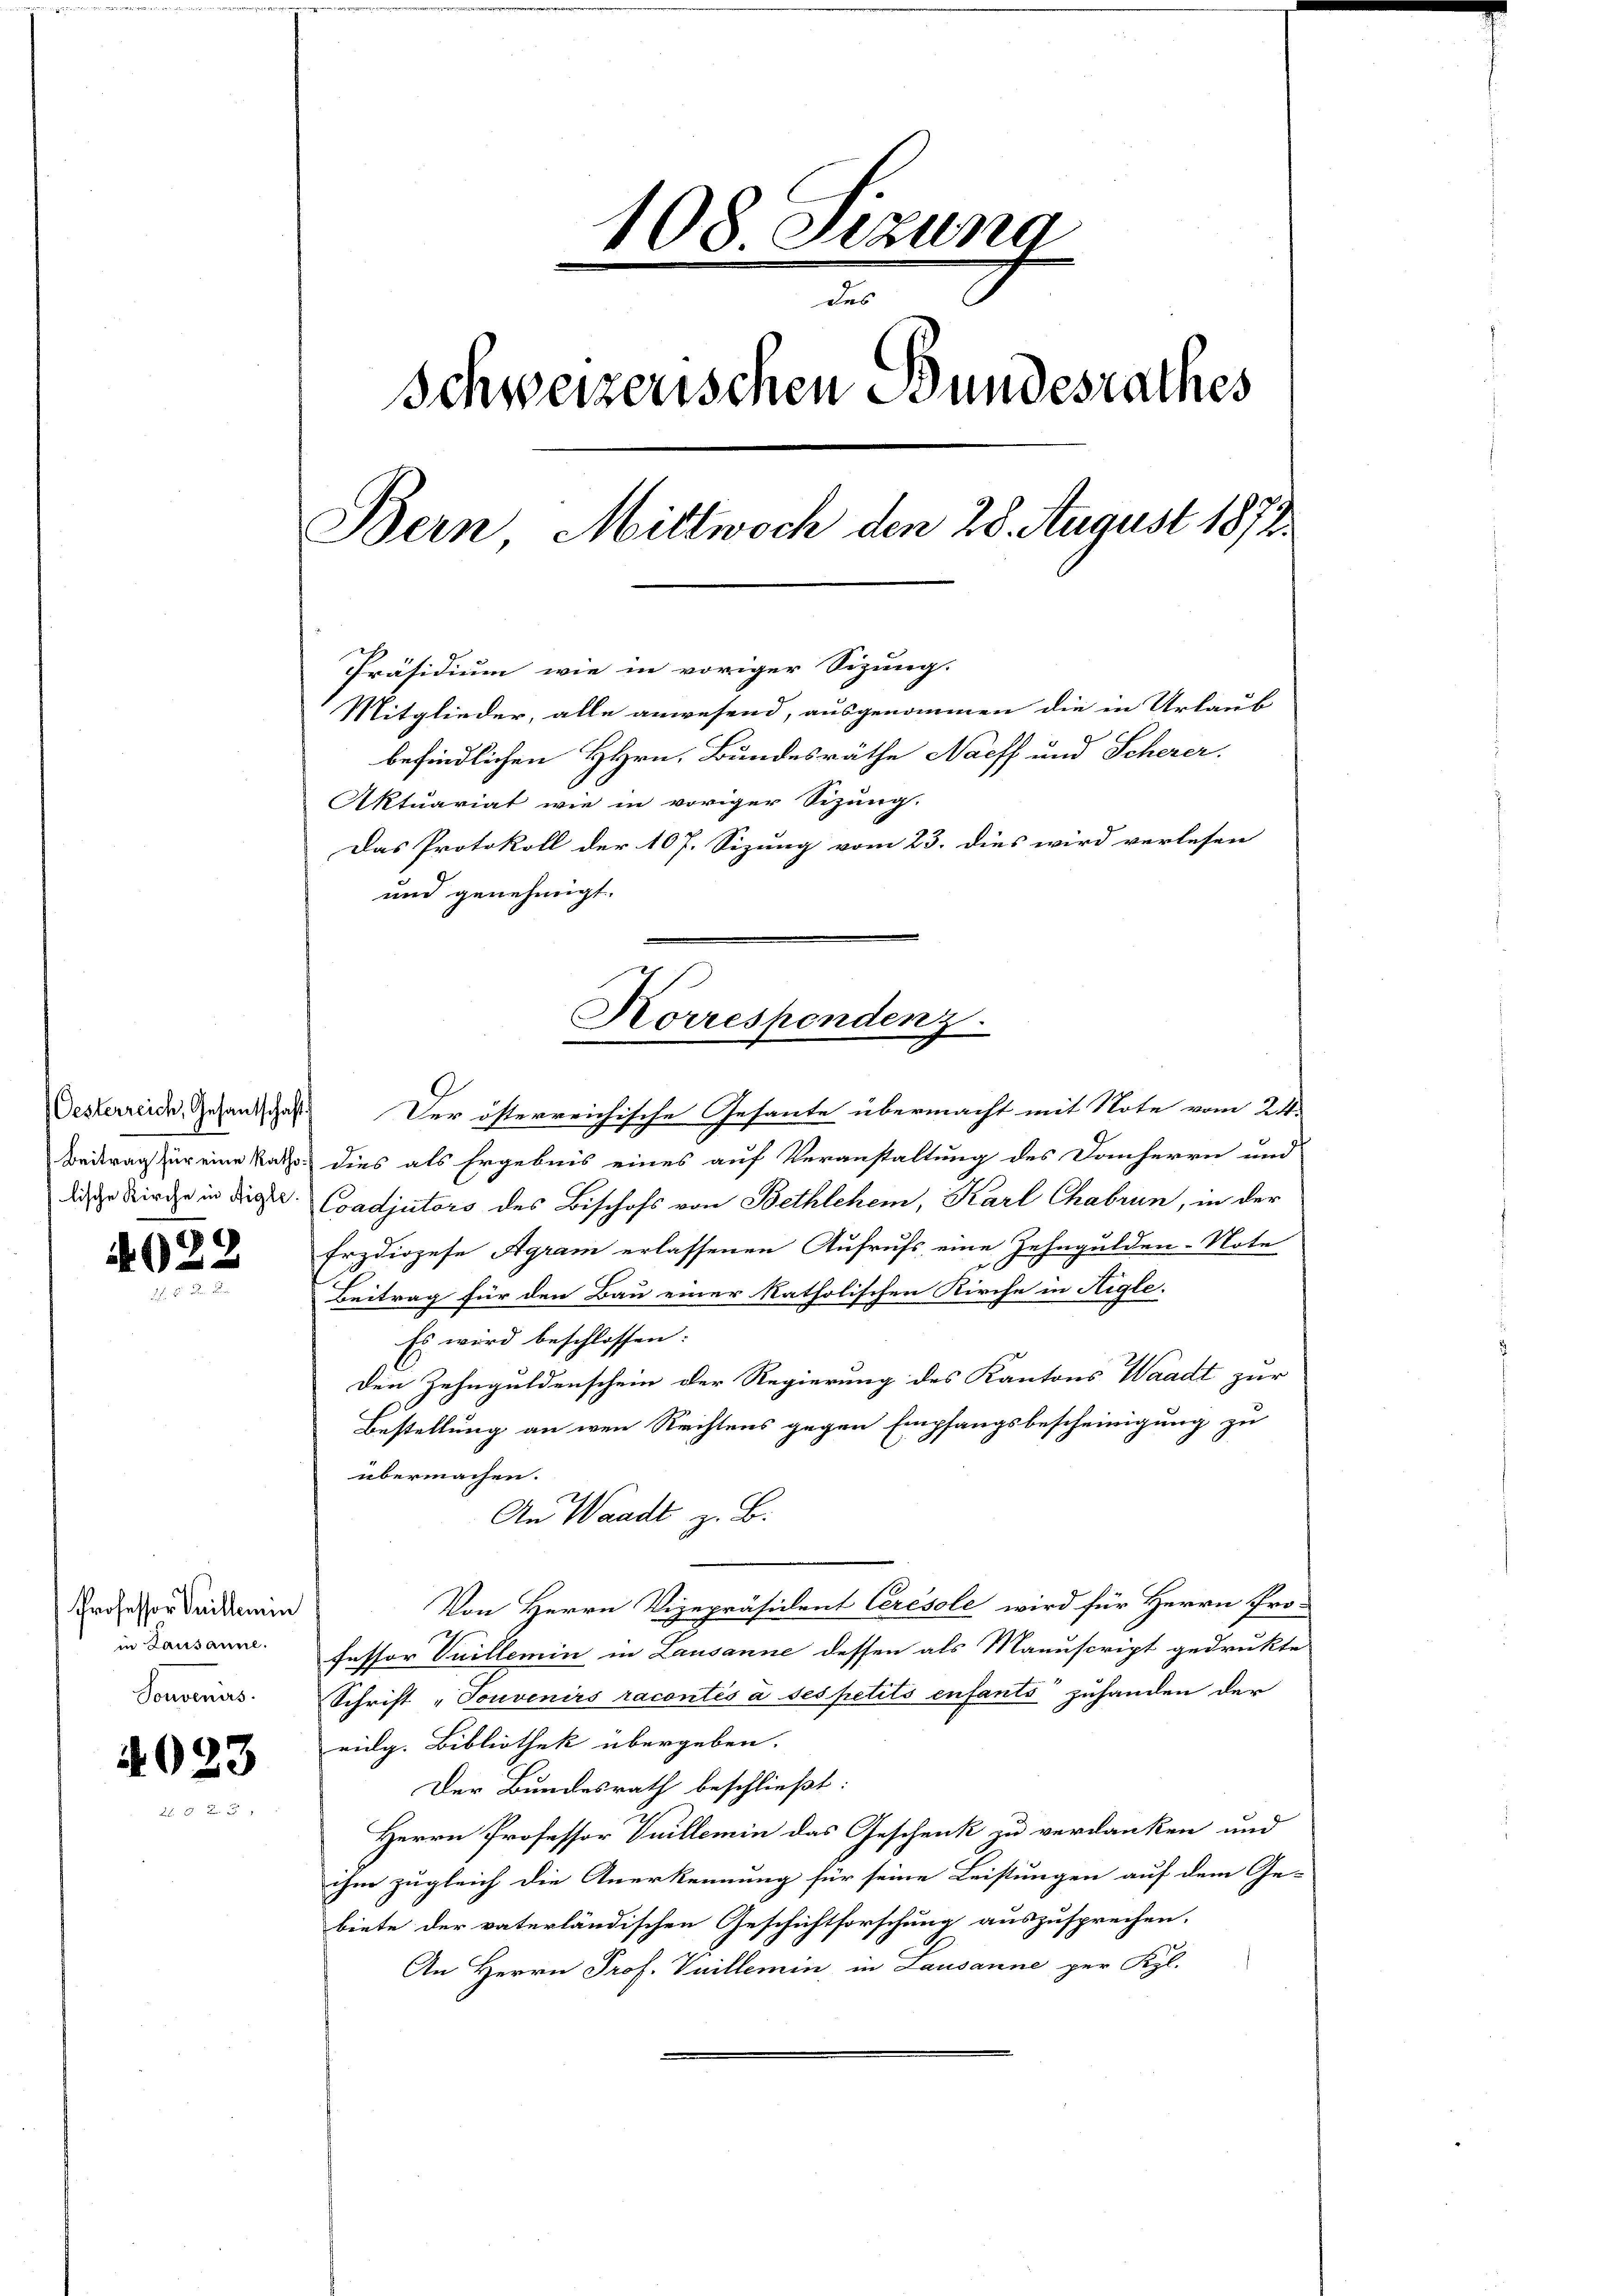
Oesterreich, Gesantschaft
Beitrag für eine Raths:
lische Kirche in Aigle

4022

Professor Seillemin
in Lausanne.
Sonvenir

4023

108 Sizung
e
des
Schweizerischen Stundesrathes
Bern Mittwoch den 28. August 1872.
Präsidium wie in voriger Sizung.
Mitglieder, alle anwesend, ausgenommen die in Urlaub
befindlichen HHrn. Bundesräthe Nacff und Scherer.
Aktuariat wie in voriger Sizung.
Das Protokoll der 107. Sizung vom 23. dies wird verlesen
und genehmigt.

Horrespenden z

Der österreichische Gesante übermacht mit Note vom 24.
dies als Ergebnis eines auf Veranstaltung des Danherrn und
Coadjutors des Bischofs von Bethlehen, Karl Chabrun, in der
Erzdiözese Agram erlassenen Aufrufs eine Zehngulden-Note
Beitrag für den Bau einer katholischen Kirche in Aigle.
Es wird beschlossen:
Den Zehnguldenschein der Regierung des Kantons Waadt zur
Bestellung an wenn Rechtens gegen Empfangsbescheinigung zu
übermachen.
An Waadt z. B.
Von Herrn Vizepräsident Crésole wird für Herrn Pro-
fessor Vuillemin in Lausanne dessen als Manuscript gedrukte
Schrift „Touvenirs racontés à ses petits enfants zuhanden der
eulg. Bibliothek übergeben.
Der Bundesrath beschließt:
Herrn Professor Vuillemin das Geschenk zu verdanken und
ihm zugleich die Anerkennung für seine Leistungen auf dem Ge-
biete der vaterländischen Geschichtforschung auszusprechen.
An Herrn Prof. Vuillemin in Lausanne per Kgl.